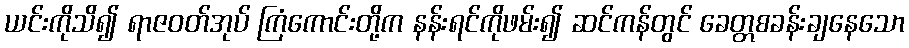
ယင်းကိုသိ၍ ရာဇဝတ်အုပ် ကြံကောင်းတို့က နန်းရင်ကိုဖမ်း၍ ဆင်ကန်တွင် ခေတ္တစခန်းချနေသော